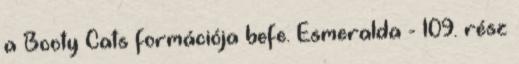
a Booty Cats formációja befe. Esmeralda - 109. rész